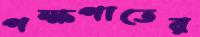
পক্ষপাতের